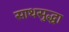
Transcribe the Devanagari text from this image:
साथसुद्धा